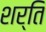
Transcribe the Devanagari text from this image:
शर्ति